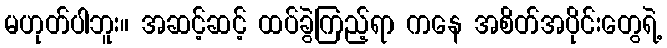
မဟုတ်ပါဘူး။ အဆင့်ဆင့် ထပ်ခွဲကြည့်ရာ ကနေ အစိတ်အပိုင်းတွေရဲ့